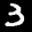
Label: 3